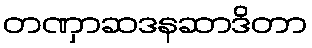
တဏှာဆဒနဆာဒိတာ